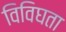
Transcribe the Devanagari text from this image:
विविघता